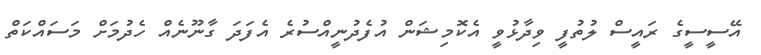
އޭސީސީގެ ރައީސް ލުތުފީ ވިދާޅުވީ އެކޮމިޝަން އުފެދުނީއްސުރެ އެފަދަ ގާނޫނެއް ހެދުމަށް މަސައްކަތް